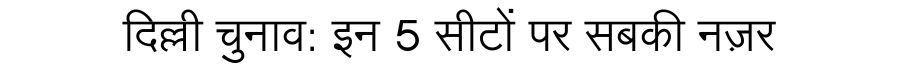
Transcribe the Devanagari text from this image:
दिल्ली चुनाव: इन 5 सीटों पर सबकी नज़र